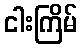
ငါးကြိမ်